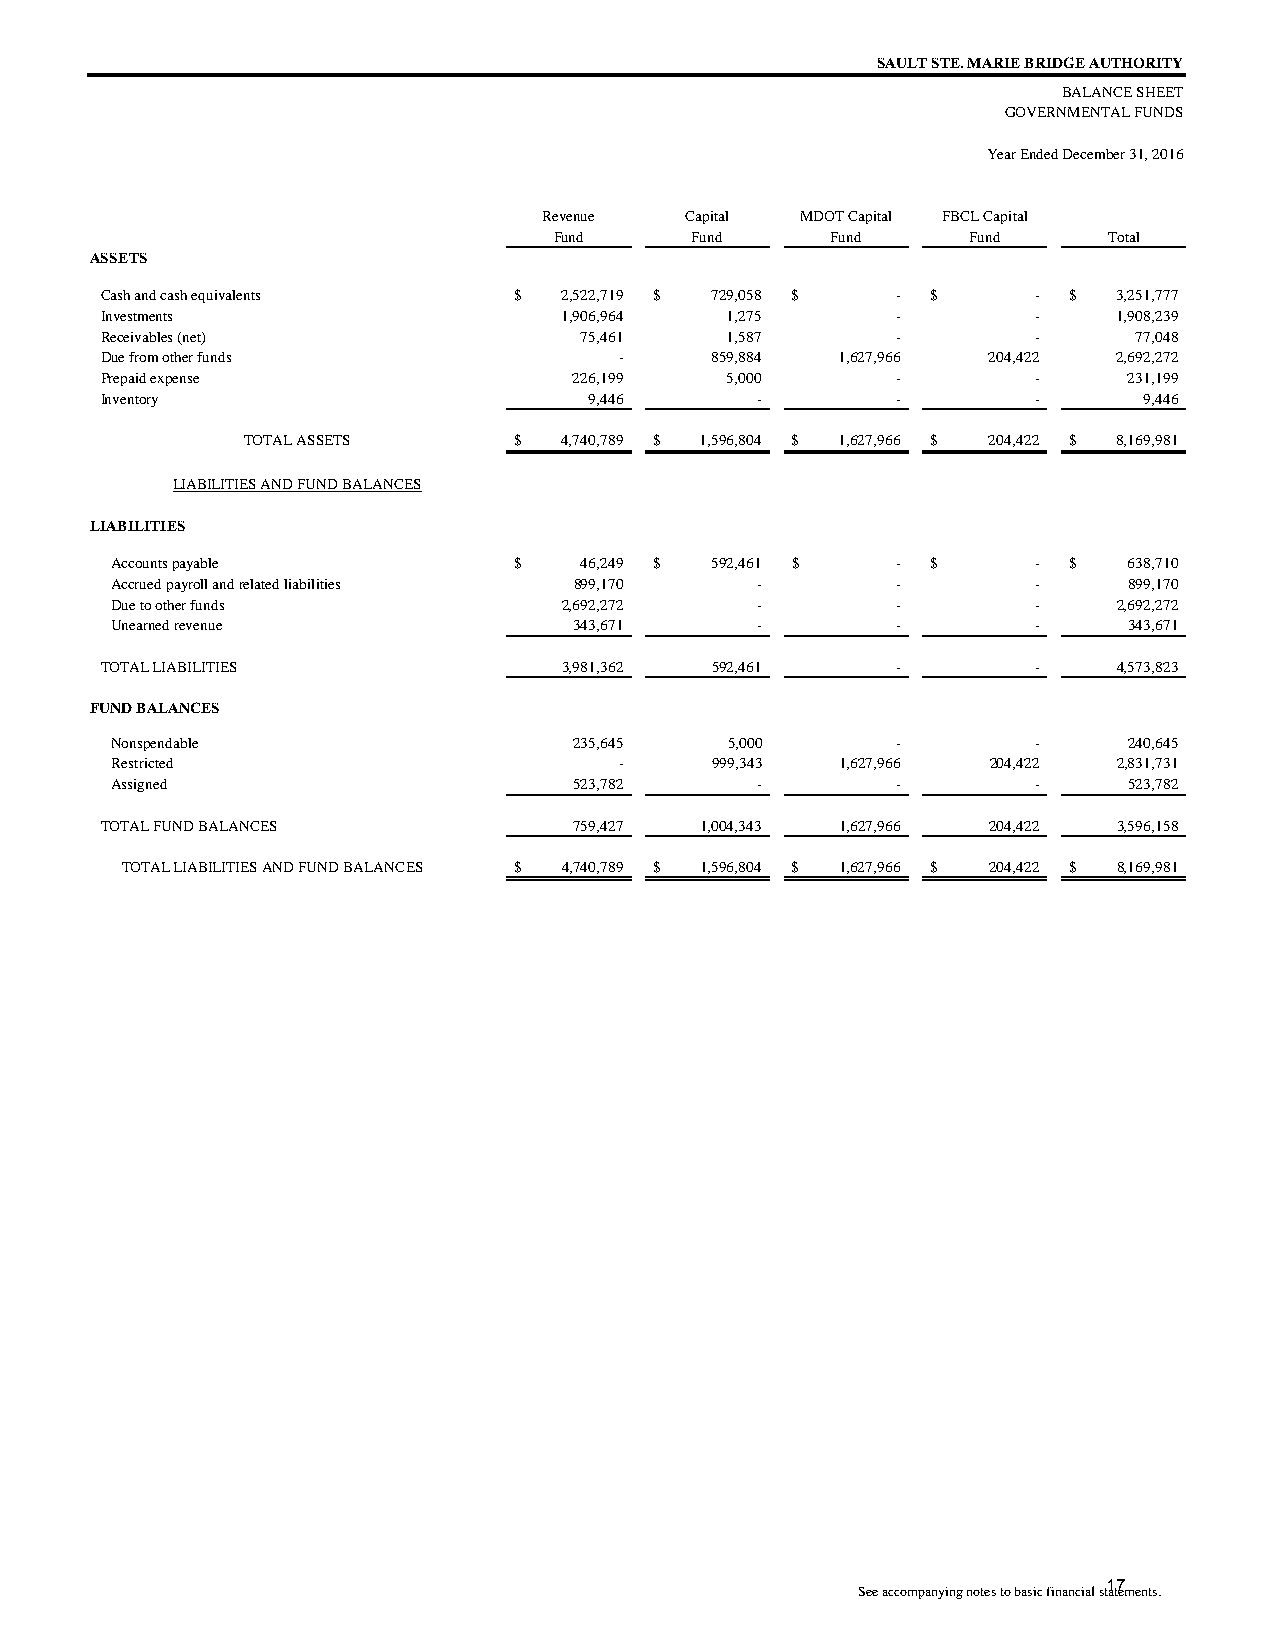
SAULT STE. MARIE BRIDGE AUTHORITY
 BALANCE SHEET
 GOVERNMENTAL FUNDS
 Year Ended December 31, 2016
 Revenue  Capital MDOT Capital FBCL Capital
 Fund     Fund     Fund     Fund     Total
 ASSETS
 Cash and cash equivalents  $  2,522,719 $ 729,058 $ -  $      - $  3,251,777
 Investments                   1,906,964  1 ,275     -         -    1,908,239
 Receivables (net)              75,461    1 ,587     -         -     77,048
 Due from other funds              -     859,884  1,627,966 204,422 2,692,272
 Prepaid expense                226,199   5 ,000     -         -     231,199
 Inventory                       9 ,446     -        -         -      9 ,446
 TOTAL ASSETS      $  4,740,789 $ 1,596,804 $ 1,627,966 $ 204,422 $ 8,169,981
 LIABILITIES AND FUND BALANCES
 LIABILITIES
 Accounts payable           $   46,249 $ 592,461 $   -  $      - $   638,710
 Accrued payroll and related liabilities 899,170 -   -         -     899,170
 Due to other funds            2,692,272    -        -         -    2,692,272
 Unearned revenue               343,671     -        -         -     343,671
 TOTAL LIABILITIES             3,981,362 592,461     -         -    4,573,823
 FUND BALANCES
 Nonspendable                   235,645   5 ,000     -         -     240,645
 Restricted                        -     999,343  1,627,966 204,422 2,831,731
 Assigned                       523,782     -        -         -     523,782
 TOTAL FUND BALANCES            759,427 1,004,343 1,627,966 204,422 3,596,158
 TOTAL LIABILITIES AND FUND BALANCES $ 4,740,789 $ 1,596,804 $ 1,627,966 $ 204,422 $ 8,169,981
 17
 See accompanying notes to basic financial statements.